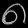
Digit: ၈